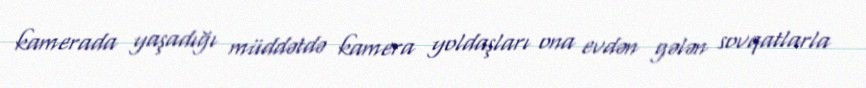
kamerada yaşadığı müddətdə kamera yoldaşları ona evdən gələn sovqatlarla